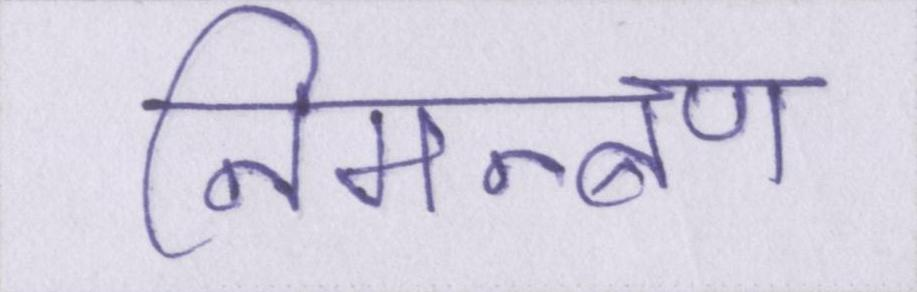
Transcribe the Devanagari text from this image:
निमन्त्रण